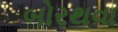
બોરથવા